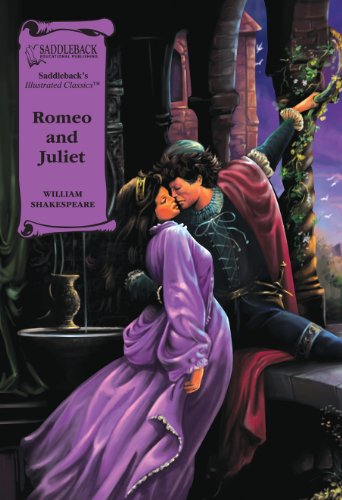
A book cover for Romeo and Juliet (Saddleback's Illustrated Classics); William Shakespeare; Comics & Graphic Novels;